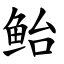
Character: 鲐